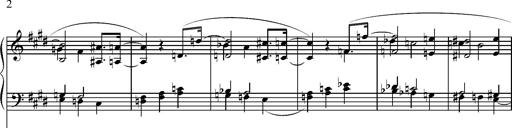
Title: Pilgerchor aus TannhÃ¤user
Composer: Franz Liszt